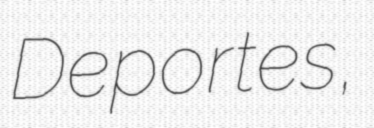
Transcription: Deportes,